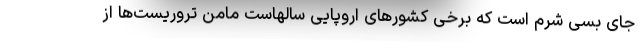
جای بسی شرم است که برخی کشورهای اروپایی سالهاست مامن تروریست‌ها از